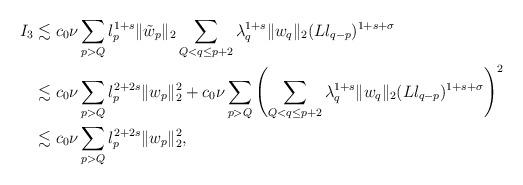
LaTeX: \begin{align*}I_{3}&\lesssim c_0\nu \sum_{p> Q}\l_p^{1+s}\|\tilde w_p\|_2\sum_{Q<q\leq p+2}\lambda_q^{1+s}\|w_q\|_2(L\l_{q-p})^{1+s+\sigma}\\&\lesssim c_0\nu \sum_{p> Q}\l_p^{2+2s}\|w_p\|_2^2+c_0\nu \sum_{p>Q}\left(\sum_{Q<q\leq p+2}\lambda_q^{1+s}\|w_q\|_2(L\l_{q-p})^{1+s+\sigma}\right)^2\\&\lesssim c_0\nu \sum_{p> Q}\l_p^{2+2s}\|w_p\|_2^2,\end{align*}